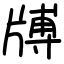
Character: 牔